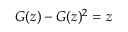
G ( z ) - G ( z ) ^ { 2 } = z